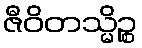
ဇီဝိတသ္မိဉ္စ